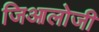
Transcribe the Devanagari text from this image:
जिआलोजी